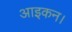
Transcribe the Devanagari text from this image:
आइकन।